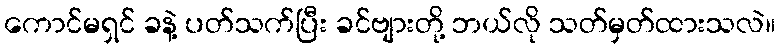
ကောင်မရှင် ခနဲ့ ပတ်သက်ပြီး ခင်ဗျားတို့ ဘယ်လို သတ်မှတ်ထားသလဲ။